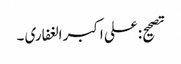
تصحیح: علی اکبر الغفاری ۔